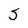
Character: S